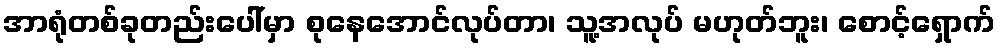
အာရုံတစ်ခုတည်းပေါ်မှာ စုနေအောင်လုပ်တာ၊ သူ့အလုပ် မဟုတ်ဘူး၊ စောင့်ရှောက်